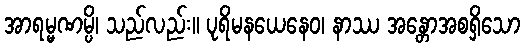
အာရမ္မဏမ္ပိ၊ သည်လည်း။ ပုရိမနယေနေဝ၊ နာဿ အန္တောအစရှိသော